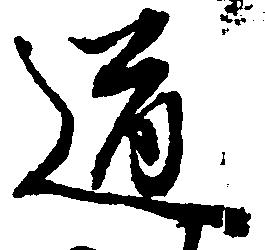
道